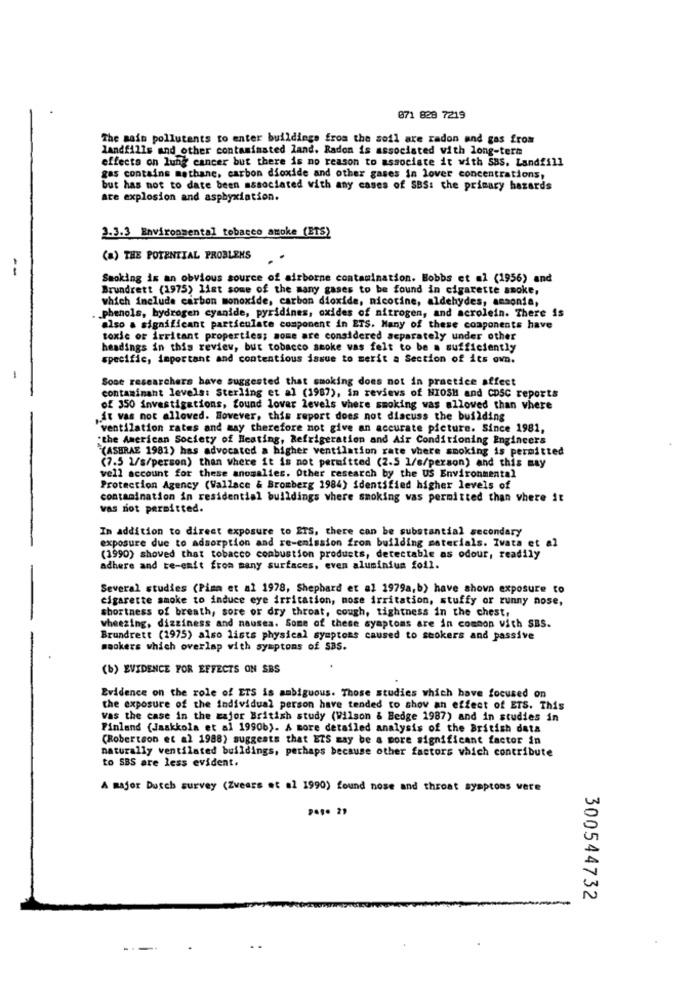
071 828 7219
The main pollutants to enter buildings from the soil are radon and gas from
landfills and other contaminated land. Radon is associated with long-term
effects on lung cancer but there is no reason to associate it with SBS. Landfill
gas contains methane, carbon dioxide and other gases in lover concentrations,
but has not to date been associated with any cases of SBS: the primary hazards
are explosion and asphyxiation.
3.3.3 Environmental tobacco awoke (ETS)
(a) THE POTENTIAL PROBLEMS
--
Smoking in an obvious source of airborne contamination. Bobbs et al (1956) and
Brundrett (1975) list some of the many gases to be found in cigarette smoke,
which include carbon monoxide, carbon dioxide, nicotine, aldehydes, ansonia,
. phenols, hydrogen cyanide, pyridines, oxides of nitrogen, and acrolein. There is
also a significant particulate component in ETS. Many of these components have
toxic or irritant properties; some are considered separately under other
headings in this review, but tobacco smoke vas felt to be a sufficiently
specific, important and contentious issue to merit a Section of its own.
Sone researchers have suggested that smoking does not in practice affect
contaminant levels: Sterling et al (1987), in reviews of HIOSH and CDSC reports
of 350 investigations, found lovar levels where smoking was allowed than vhere
.it was not allowed. However, this report does not discuss the building
"ventilation rates and may therefore not give an accurate picture. Since 1981,
"the American Society of Heating, Refrigeration and Air Conditioning Engineers
(ASHRAE 1981) has advocated a higher ventilation rate where smoking is permitted
(7.5 2/s/person) than where it is not permitted (2.5 1/s/person) and this may
well account for these anomalies. Other research by the US Environmental
Protection Agency (Wallace & Bromberg 1984) identified higher levels of
contamination in residential buildings where smoking was permitted than where it
vas not permitted.
In addition to direct exposure to ETS, there can be substantial secondary
exposure due to adsorption and re-emission from building materials. Ivata et
(1990) showed that tobacco combustion products, detectable as odour, readily
adhere and te-enit from many surfaces, even aluminium foil.
Several studies (Pisa et al 1978, Shephard et al 1979a, b) have shown exposure to
cigarette smoke to induce eye irritation, nose irritation, stuffy or runny nose,
shortness of breath, sore or dry throat, cough, tightness in the chest,
wheezing, dizziness and nausea. Some of these symptoms are in common with SBS.
Brundrett (1975) also lists physical symptoms caused to stokers and passive
maokers which overlap with symptons of SaS.
(b) EVIDENCE FOR EFFECTS ON SBS
Evidence on the role of ETS is ambiguous. Those studies which have focused on
the exposure of the individual person have tended to show an effect of ETS. This
vas the case in the major British study (Wilson & Bedge 1987) and in studies in
Finland (Jaakkola et al 1990b). A more detailed analysis of the British data
(Robertson et al 1988) suggests that EZS may be a more significant factor in
naturally ventilated buildings, perhaps because other factors which contribute
to SBS are less evident.
A major Durch survey (Zvears et al 1990) found nose and throat symptoms vere
300544732
-